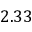
2 . 3 3